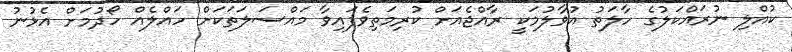
ކުއްލި ނުރައްކަލުގެ ހާލަތު އުވާލުމަކީ ރާއްޖެއަށް ކުރިމަތިވެފައިވާ މައްސަލަތަކަށް ހައްލެއް ހޯދުމަށް އެޅުނު